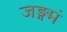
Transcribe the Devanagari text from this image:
जङ्गमं